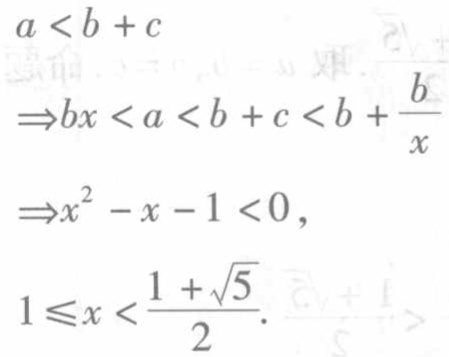
\[
\begin{align*}
a&<b + c\\
\Rightarrow bx&<a < b + c < b+\frac{b}{x}\\
\Rightarrow x^{2}-x - 1&<0,\\
1\leqslant x&<\frac{1+\sqrt{5}}{2}.
\end{align*}
\]